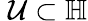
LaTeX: \; \mathcal{U}\subset\mathbb{{H}}